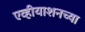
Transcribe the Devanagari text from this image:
एव्हीयाशनच्या